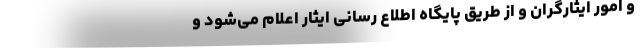
و امور ایثارگران و از طریق پایگاه اطلاع رسانی ایثار اعلام می‌شود و